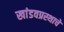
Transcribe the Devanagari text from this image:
खांडवप्रस्थाचे